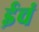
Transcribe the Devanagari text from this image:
ईचं